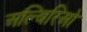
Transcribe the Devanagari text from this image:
अल्बिरिओ